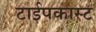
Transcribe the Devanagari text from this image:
टाईपकास्ट